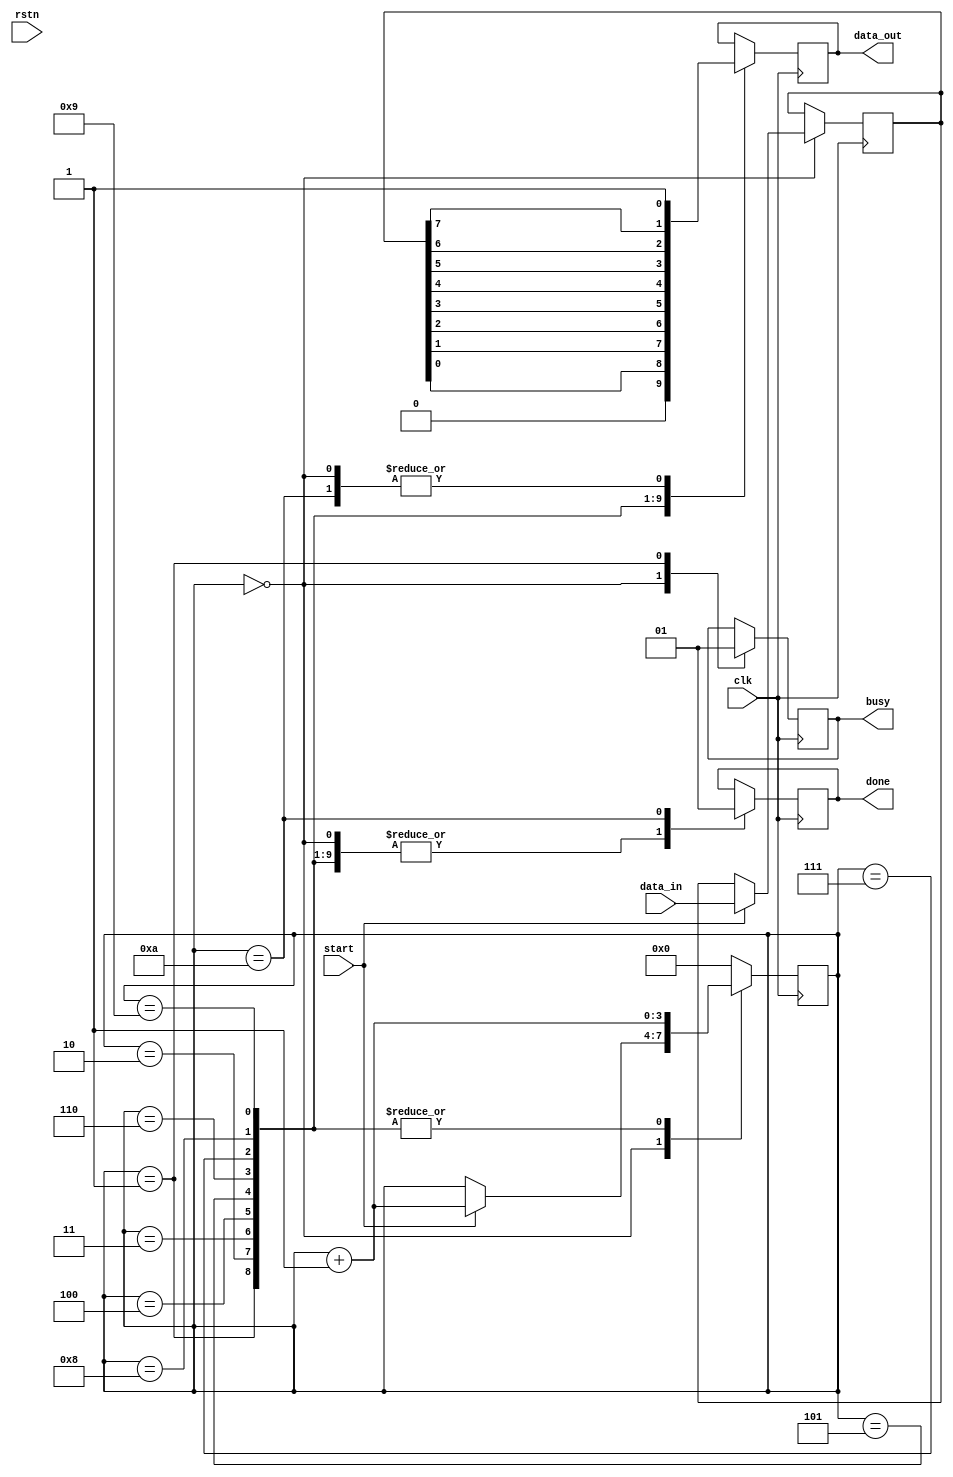
`timescale 1ns / 1ps
//////////////////////////////////////////////////////////////////////////////////
// Company: 
// Engineer: 
// 
// Design Name: 
// Module Name: uart_tx
// Project Name: 
// Target Devices: 
// Tool Versions: 
// Description: 
// 
// Dependencies: 
// 
// Revision:
// Revision 0.01 - File Created
// Additional Comments:
// 
//////////////////////////////////////////////////////////////////////////////////


module uart_tx(
    input clk, 
    input rstn,
    input start,
    input [8-1:0] data_in,
    output reg data_out,
    output reg done,
    output reg busy
    );

    reg [4-1:0] R_state;
    reg [8-1:0] input_data;

    always@(posedge clk) begin
        case(R_state)

        4'd0 : begin
            data_out <= 1;
            done <= 0;
            busy <= 0;
            if (start) begin
                input_data <= data_in;
                R_state <= R_state+1;
            end
        end

        4'd1 : begin // strat bit
            data_out <= 0;
            done <= 0;
            busy <= 1;
            R_state <= R_state+1;
        end

        4'd2 : begin
            data_out <= input_data[0];
            done <= 0;
            R_state <= R_state+1;
        end

        4'd3 : begin
            data_out <= input_data[1];
            done <= 0;
            R_state <= R_state+1;
        end

        4'd4 : begin
            data_out <= input_data[2];
            done <= 0;
            R_state <= R_state+1;
        end

        4'd5 : begin
            data_out <= input_data[3];
            done <= 0;
            R_state <= R_state+1;
        end

        4'd6 : begin
            data_out <= input_data[4];
            done <= 0;
            R_state <= R_state+1;
        end

        4'd7 : begin
            data_out <= input_data[5];
            done <= 0;
            R_state <= R_state+1;
        end

        4'd8 : begin
            data_out <= input_data[6];
            done <= 0;
            R_state <= R_state+1;
        end

        4'd9 : begin
            data_out <= input_data[7];
            done <= 0;
            R_state <= R_state+1;
        end

        4'd10 : begin
            data_out <= 1;
            done <= 1;
            R_state <= 4'd0;
        end
        default : begin
            R_state <= 4'd0;

        end
        endcase
    end
endmodule